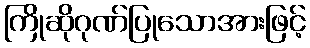
ကြိုဆိုဂုဏ်ပြုသောအားဖြင့်